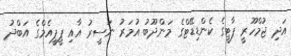
އަދި ޖުމްހޫރީ ޕާޓީގެ ކެންޑިޑޭޓްގެ މަންދޫބު އުމަރު ނަސީރު އާއި ޕީޕީއެމްގެ އަބްދު